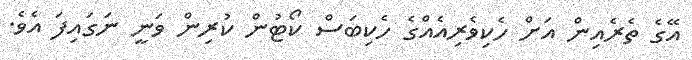
އޭގެ ތެރެއިން އަށް ހެކިވެރިއެއްގެ ހެކިބަސް ކޯޓުން ކުރިން ވަނީ ނަގައިފަ އެވެ.